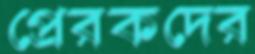
প্রেরকদের